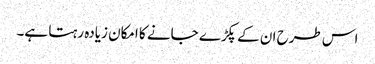
اس طرح ان کے پکڑے جانے کا امکان زیادہ رہتا ہے۔